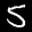
Label: 5